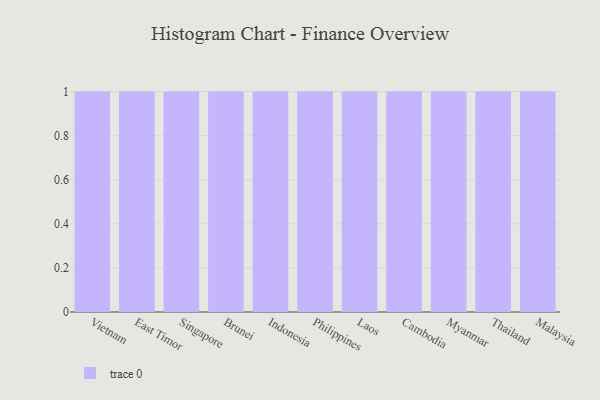
{"axis": {"x": "Country", "y": "Active Users"}, "legend": [""], "data": [{"x": "Vietnam", "y": 23, "type": ""}, {"x": "East Timor", "y": 6, "type": ""}, {"x": "Singapore", "y": 46, "type": ""}, {"x": "Brunei", "y": 7, "type": ""}, {"x": "Indonesia", "y": 22, "type": ""}, {"x": "Philippines", "y": 28, "type": ""}, {"x": "Laos", "y": 39, "type": ""}, {"x": "Cambodia", "y": 81, "type": ""}, {"x": "Myanmar", "y": 90, "type": ""}, {"x": "Thailand", "y": 70, "type": ""}, {"x": "Malaysia", "y": 50, "type": ""}]}